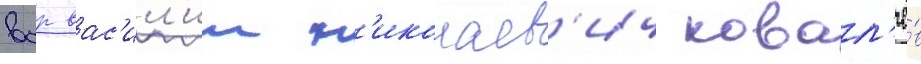
вср вас'ил'ии н'иколаев'ич ковал'ё́в